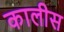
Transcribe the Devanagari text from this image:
कालीस